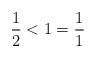
LaTeX: \begin{align*}\frac{1}{2} < 1 = \frac{1}{1} \end{align*}